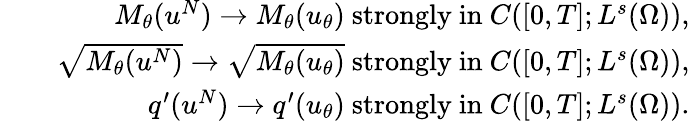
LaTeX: \begin{array}{rlr}&{}&{M_{\theta}(u^{N})\rightarrow M_{\theta}(u_{\theta})\mathrm{~strongly~in~}C([0,T];L^{s}(\Omega)),}\\ &{}&{\sqrt{M_{\theta}(u^{N})}\rightarrow\sqrt{M_{\theta}(u_{\theta})}\mathrm{~strongly~in~}C([0,T];L^{s}(\Omega)),}\\ &{}&{q^{\prime}(u^{N})\rightarrow q^{\prime}(u_{\theta})\mathrm{~strongly~in~}C([0,T];L^{s}(\Omega)).}\end{array}